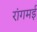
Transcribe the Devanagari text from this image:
रांगमई